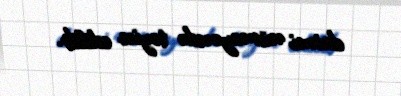
daimi nümayəndə təyin edilib.